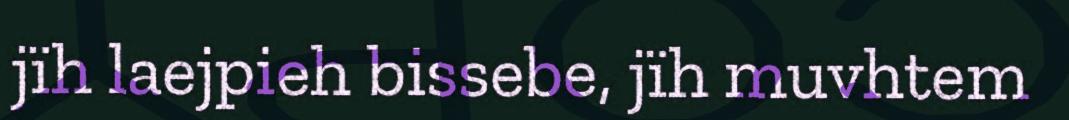
jïh laejpieh bissebe, jïh muvhtem